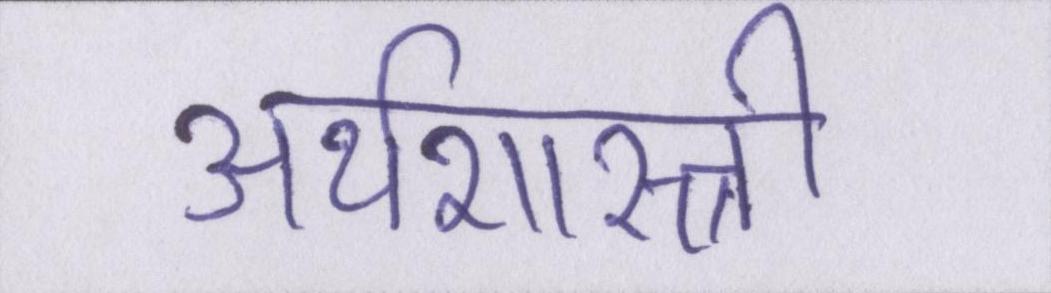
अर्थशास्त्री